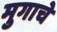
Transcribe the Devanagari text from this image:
मुगाचे